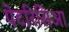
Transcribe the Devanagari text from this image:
पेटरिसिआ